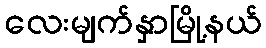
လေးမျက်နှာမြို့နယ်